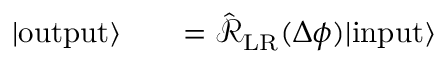
\begin{array} { r l r } { | \mathrm { o u t p u t } \rangle } & { { } } & { = \hat { \mathcal { R } } _ { \mathrm { L R } } ( \Delta \phi ) | \mathrm { i n p u t } \rangle } \end{array}